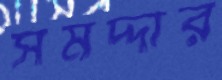
সমদ্দার